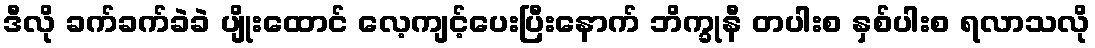
ဒီလို ခက်ခက်ခဲခဲ ပျိုးထောင် လေ့ကျင့်ပေးပြီးနောက် ဘိက္ခုနီ တပါးစ နှစ်ပါးစ ရလာသလို